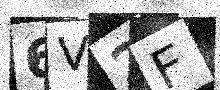
Text: 6V2F